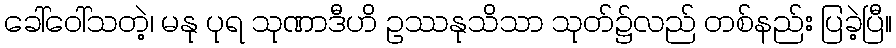
ခေါ်ဝေါ်သတဲ့၊ မနု ပုရ သုဏာဒီဟိ ဥဿနုသိသာ သုတ်၌လည် တစ်နည်း ပြခဲ့ပြီ။